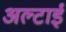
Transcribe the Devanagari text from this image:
अल्टाई